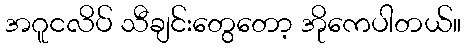
အဂူငလိပ် သီချင်းတွေတော့ အိုကေပါတယ်။